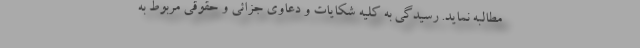
مطالبه نماید. رسیدگی به کلیه شکایات و دعاوی جزائی و حقوقی مربوط به